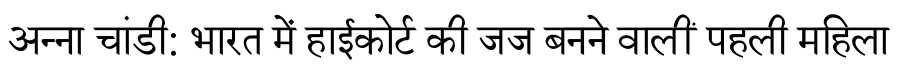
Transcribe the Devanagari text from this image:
अन्ना चांडी: भारत में हाईकोर्ट की जज बनने वालीं पहली महिला